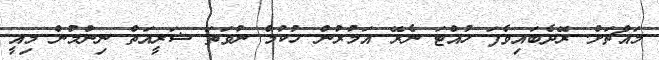
މައްޗަށް. ރޭދެބައިވެފަ ހުއްޓަ ނެރޭ އަމުރުން ހުކުމް ނުވަތަ ޝަރީއަތް ނިންމުން މިއީ